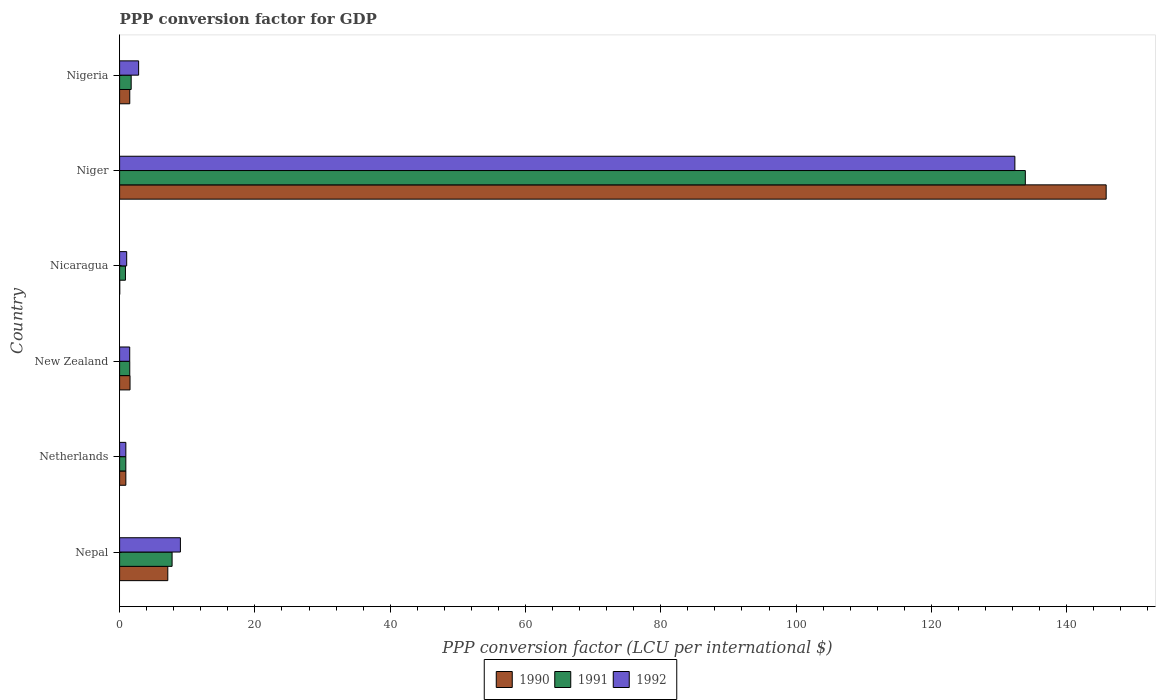
| Country | 1990 | 1991 | 1992 |
 | --- | --- | --- | --- |
 | Nepal | 7.12 | 7.76 | 8.99 |
 | Netherlands | 0.923 | 0.921 | 0.923 |
 | New Zealand | 1.54 | 1.5 | 1.49 |
 | Nicaragua | 0.0193 | 0.865 | 1.05 |
 | Niger | 146 | 134 | 132 |
 | Nigeria | 1.5 | 1.71 | 2.81 |